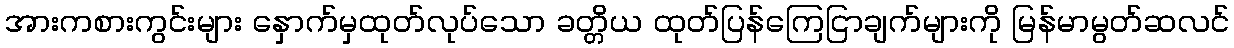
အားကစားကွင်းများ နှောက်မှထုတ်လုပ်သော ခတ္တိယ ထုတ်ပြန်ကြေငြာချက်များကို မြန်မာမွတ်ဆလင်